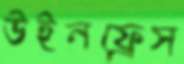
উইনফ্রেস